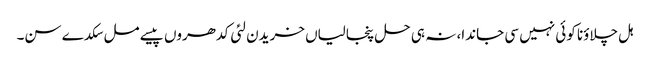
ہل چلاؤنا کوئی نہیں سی جاندا، نہ ہی حل پنجالیاں خریدن لئی کدھروں پیسے مل سکدے سن۔